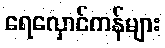
ရေလှောင်ကန်များ